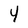
Character: Y